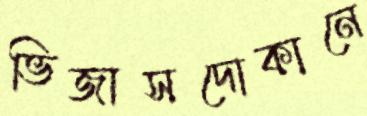
ভিজাসদোকানে